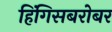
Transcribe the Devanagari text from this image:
हिंगिसबरोबर